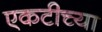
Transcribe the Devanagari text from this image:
एकटीच्या